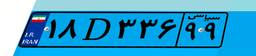
۷۳D۷۰۴۲۰